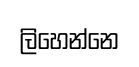
ලිහෙන්නෙ